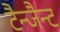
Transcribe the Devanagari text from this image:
टैन्जैन्ट